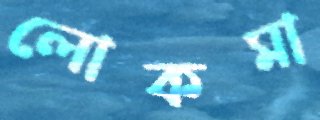
লোকমা